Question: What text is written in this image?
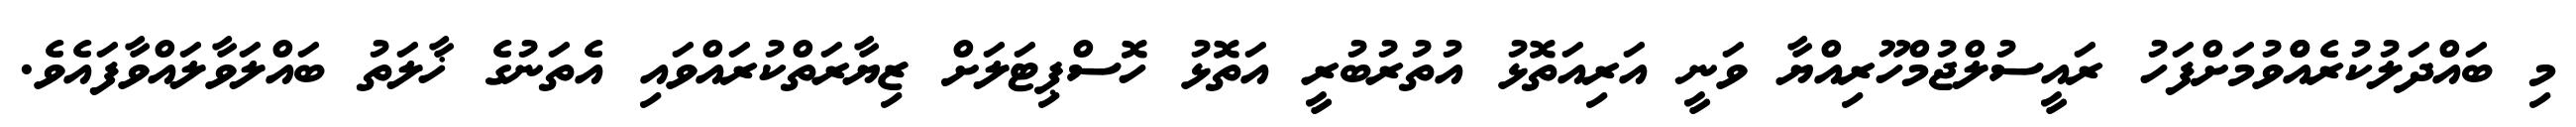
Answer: މި ބައްދަލުކުރެއްްވުމަށްފަހު ރައީސުލްޖުމްހޫރިއްޔާ ވަނީ އަރިއަތޮޅު އުތުރުބުރީ އަތޮޅު ހޮސްޕިޓަލަށް ޒިޔާރަތްކުރައްވައި އެތަނުގެ ޚާލަތު ބައްލަވާލައްވާފައެވެ.